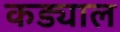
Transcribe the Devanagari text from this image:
कड्याल